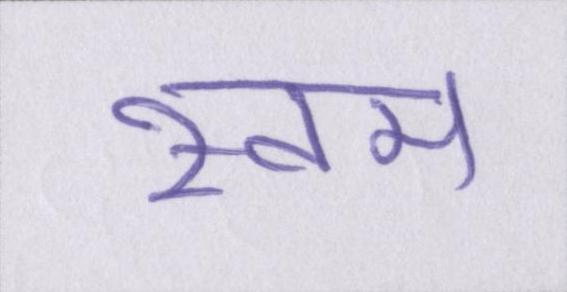
स्वम